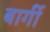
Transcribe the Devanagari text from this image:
बार्गी